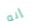
إنه